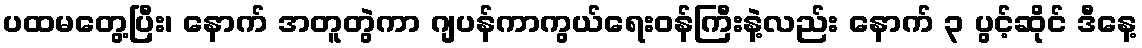
ပထမတွေ့ပြီး၊ နောက် အတူတွဲကာ ဂျပန်ကာကွယ်ရေးဝန်ကြီးနဲ့လည်း နောက် ၃ ပွင့်ဆိုင် ဒီနေ့